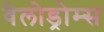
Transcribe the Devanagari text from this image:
वेलोड्रोम्स